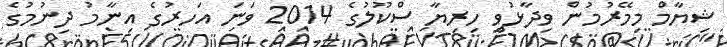
ޝިޔާމް މިމޭރުމުން ވިދާޅުވީ ހިރިޔާ ސްކޫލުގެ 2014 ވަނަ އަަހރުގެ އިނާމު ދިނުމުގެ